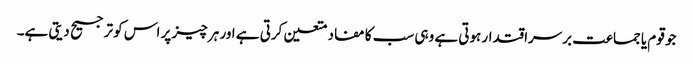
جو قوم یا جماعت برسراقتدار ہوتی ہے وہی سب کا مفاد متعین کرتی ہے اور ہر چیز پر اس کو ترجیح دیتی ہے۔